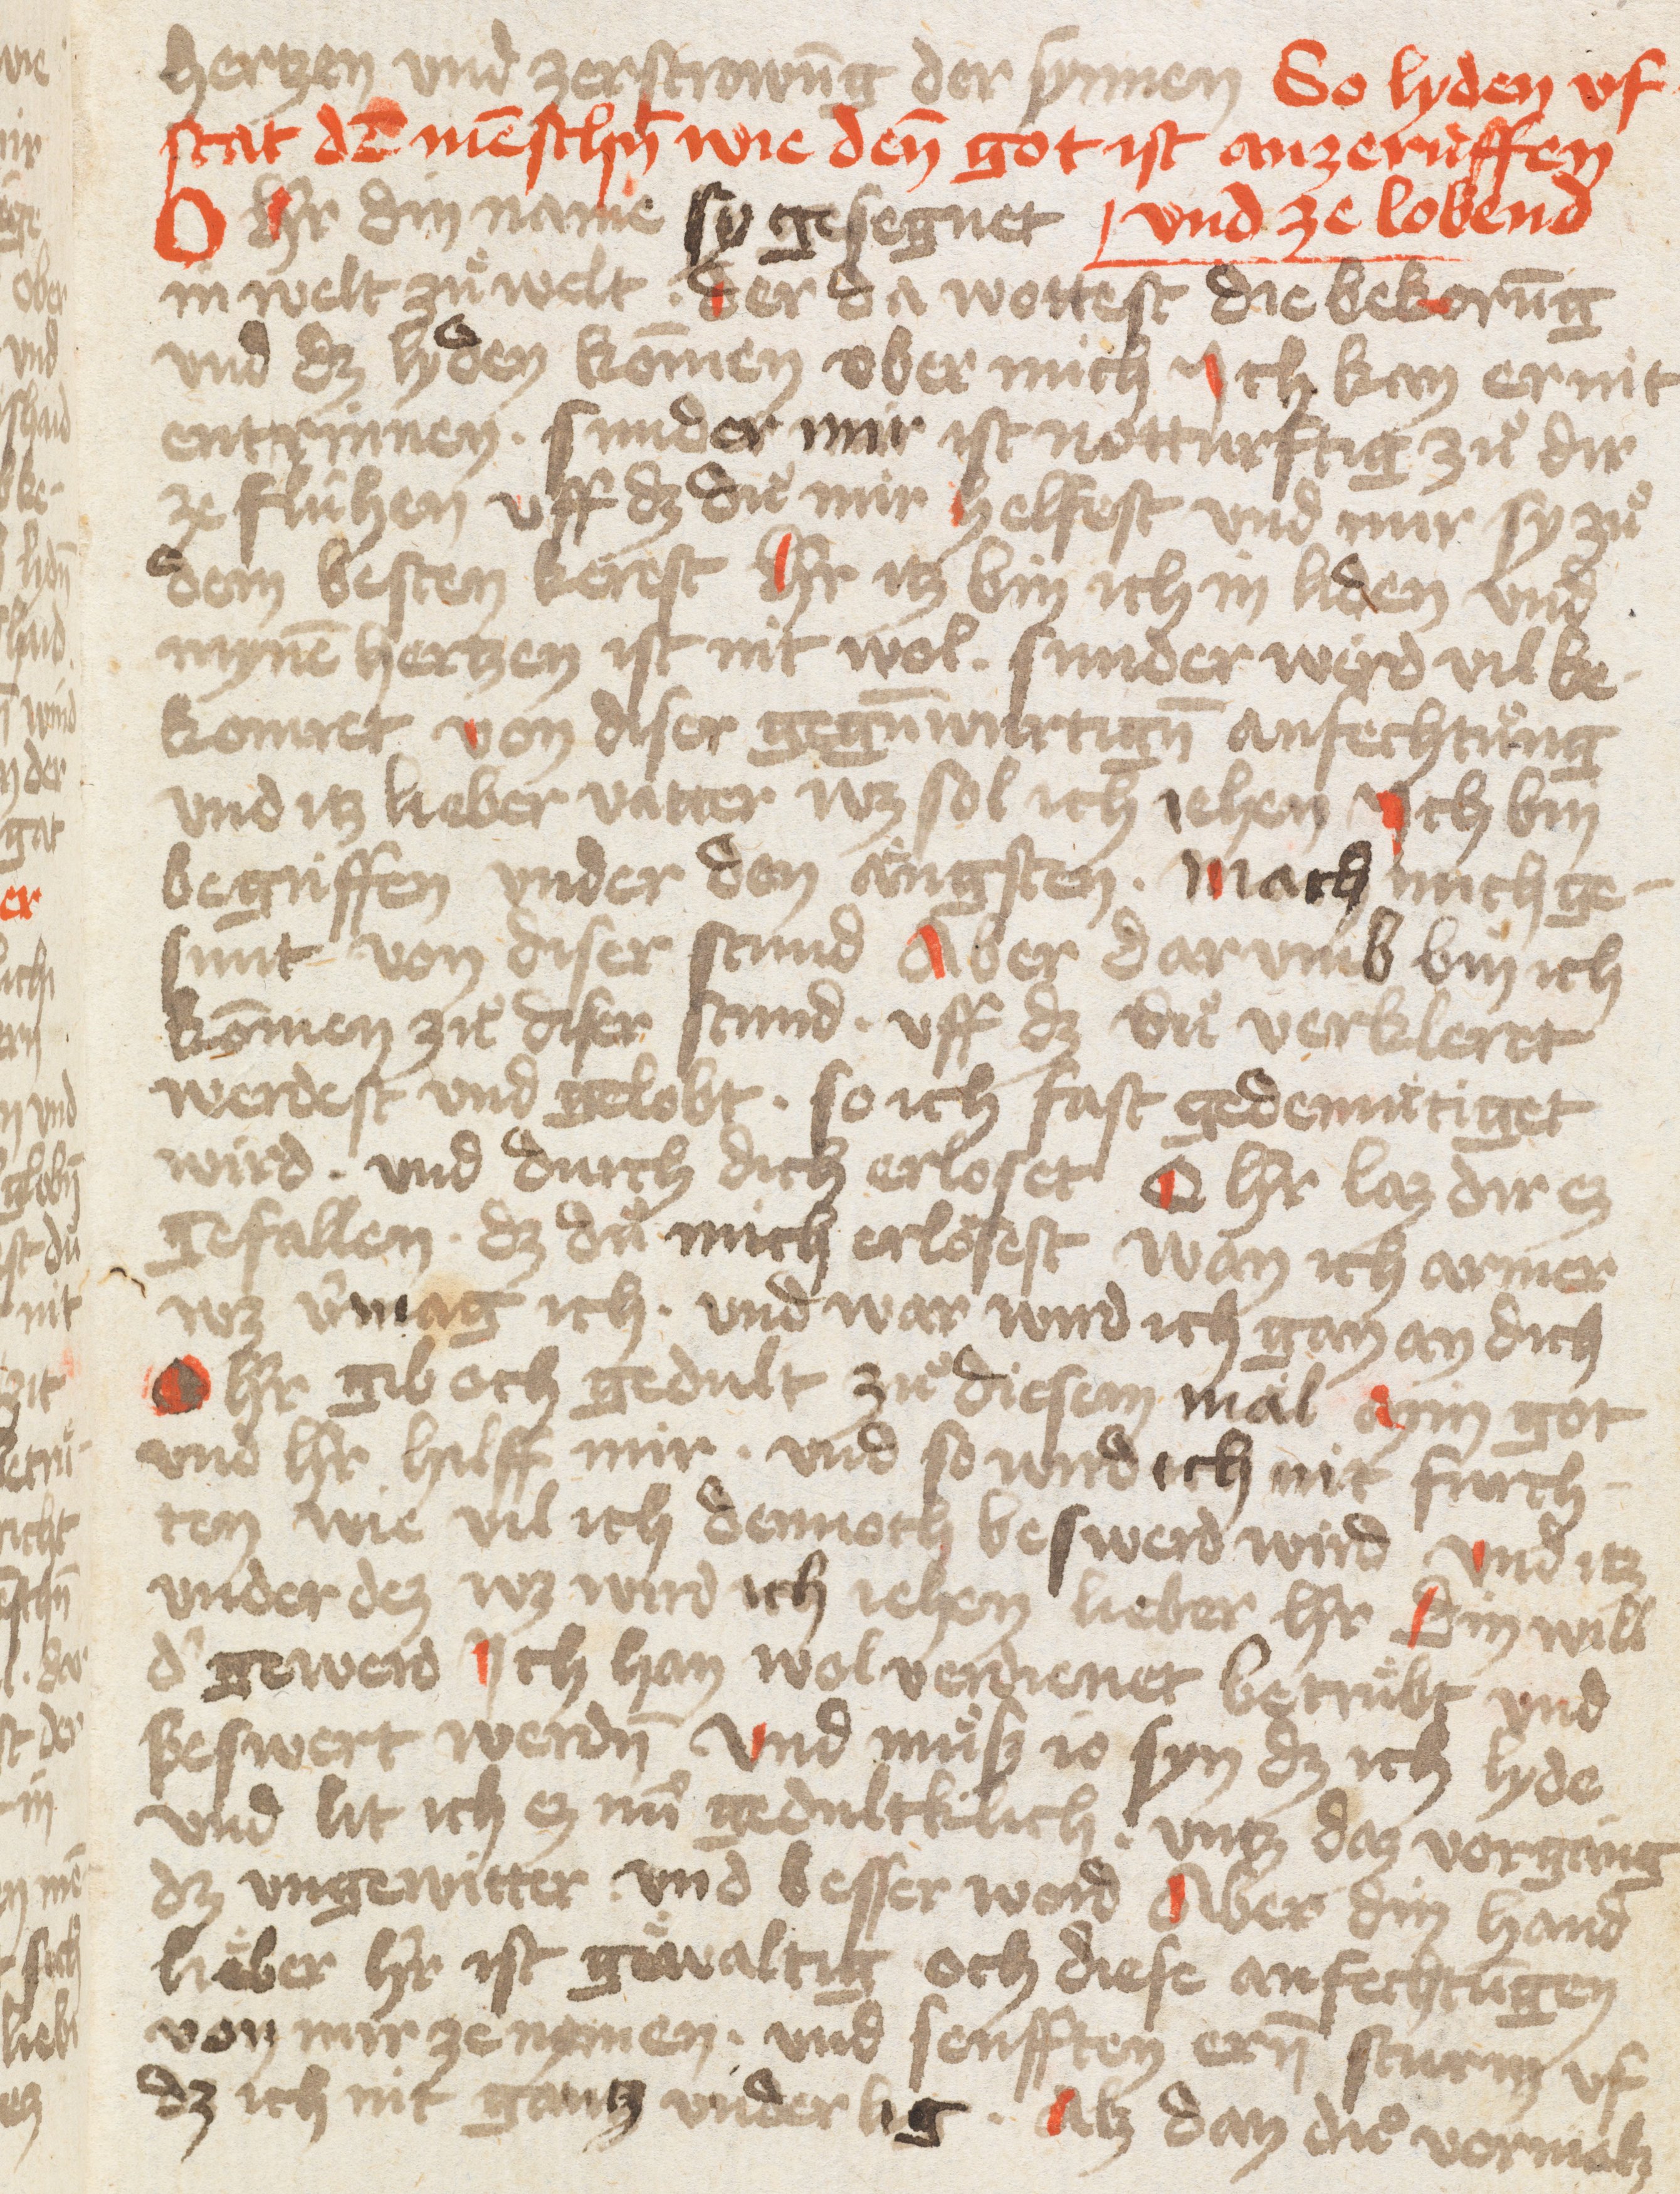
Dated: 1400–1499